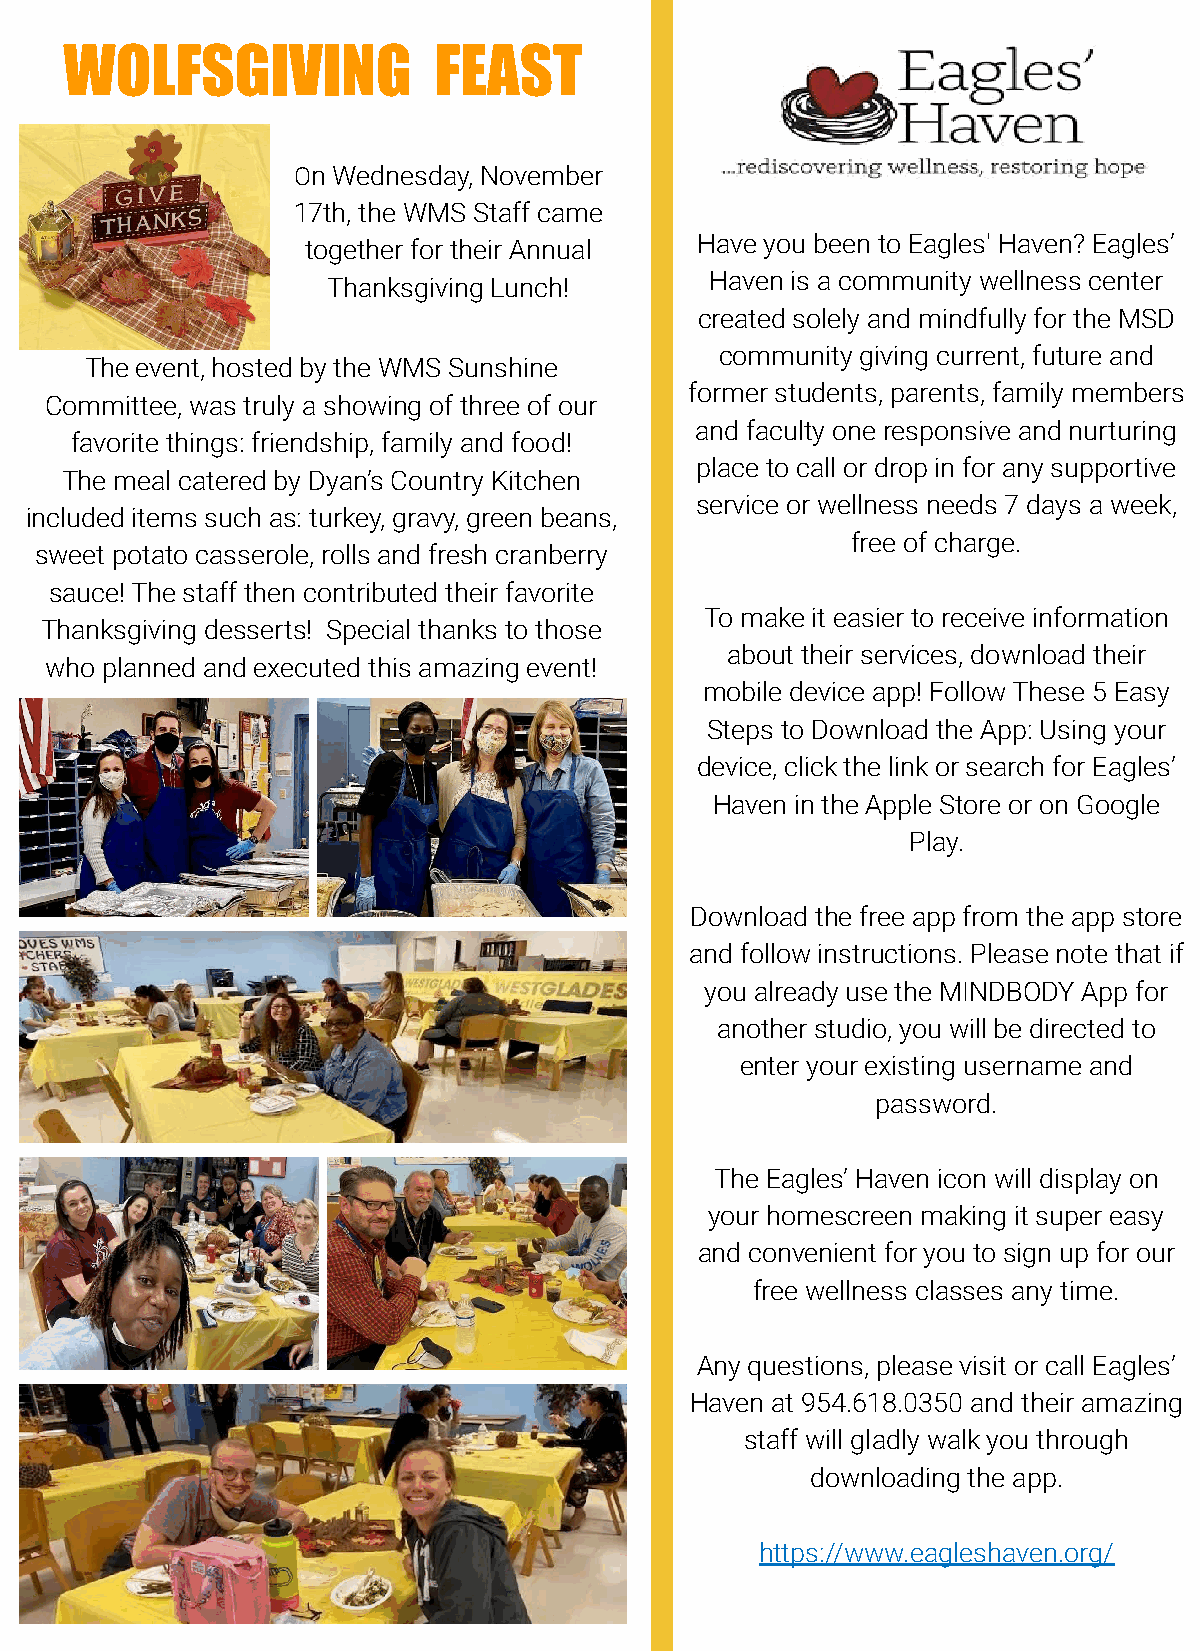
WOLFSGIVING              FEAST
 On Wednesday, November
 17th, the WMS Staff came
 Have you been to Eagles' Haven? Eagles’
 together for their Annual
 Haven is a community wellness center
 Thanksgiving Lunch!
 created solely and mindfully for the MSD
 community giving current, future and
 The event, hosted by the WMS Sunshine
 former students, parents, family members
 Committee, was truly a showing of three of our
 and faculty one responsive and nurturing
 favorite things: friendship, family and food!
 place to call or drop in for any supportive
 The meal catered by Dyan’s Country Kitchen
 service or wellness needs 7 days a week,
 included items such as: turkey, gravy, green beans,
 free of charge.
 sweet potato casserole, rolls and fresh cranberry
 sauce! The staff then contributed their favorite
 To make it easier to receive information
 Thanksgiving desserts! Special thanks to those
 about their services, download their
 who planned and executed this amazing event!
 mobile device app! Follow These 5 Easy
 Steps to Download the App: Using your
 device, click the link or search for Eagles’
 Haven in the Apple Store or on Google
 Play.
 Download the free app from the app store
 and follow instructions. Please note that if
 you already use the MINDBODY App for
 another studio, you will be directed to
 enter your existing username and
 password.
 The Eagles’ Haven icon will display on
 your homescreen making it super easy
 and convenient for you to sign up for our
 free wellness classes any time.
 Any questions, please visit or call Eagles’
 Haven at 954.618.0350 and their amazing
 staff will gladly walk you through
 downloading the app.
 https://www.eagleshaven.org/